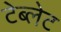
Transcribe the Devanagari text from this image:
टेब्लेट